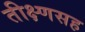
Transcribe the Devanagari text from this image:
तीक्ष्णसह